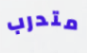
متدرب